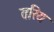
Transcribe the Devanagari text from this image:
तरिय